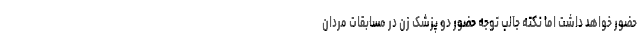
حضور خواهد داشت اما نکته جالب توجه حضور دو پزشک زن در مسابقات مردان